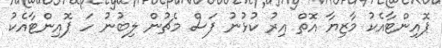
ޕޮއިންޓާއެކު މާޒިޔާ އޮތް އިރު ކުޅުނު ފަސް މެޗުން ލިބުނު ހަ ޕޮއިންޓާއެކު